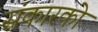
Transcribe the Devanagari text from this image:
संकारको